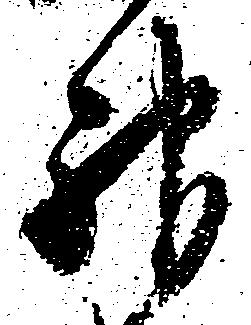
神